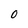
Character: O